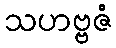
သဟဗ္ဗဇံ